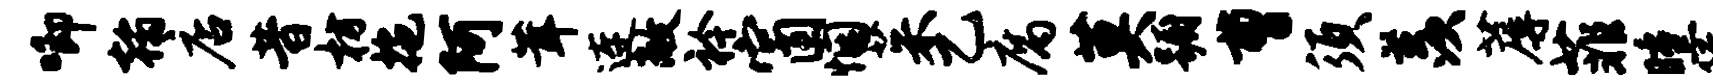
唧翰店昔枋拖阿茸连敞衿窗悃茱乙腐莫蹰曹须羡蓐菲曛阮